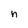
Character: n